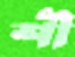
শী